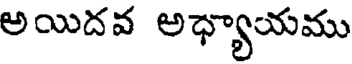
అయిదవ అధ్యాయము